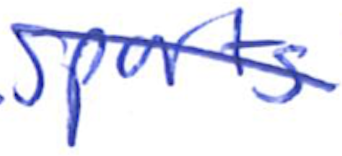
Text: sports
Cross-out: diagonal
Writing tool: ballpoint